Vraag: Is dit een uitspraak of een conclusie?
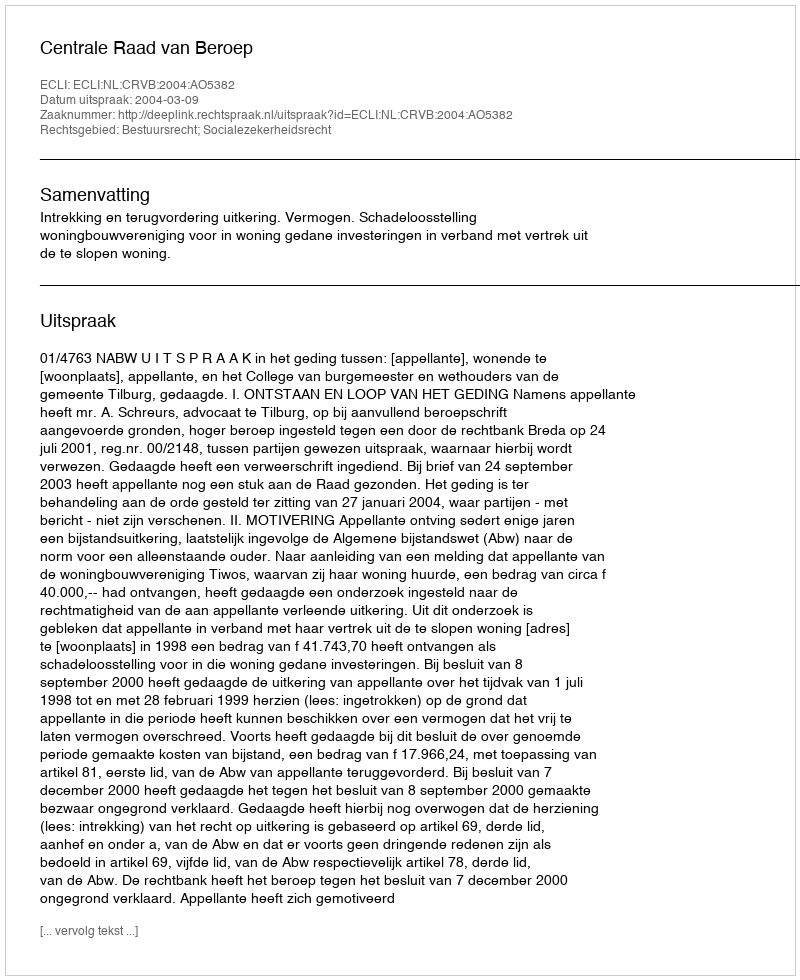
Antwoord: Uitspraak